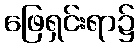
ဖြေရှင်းရာ၌